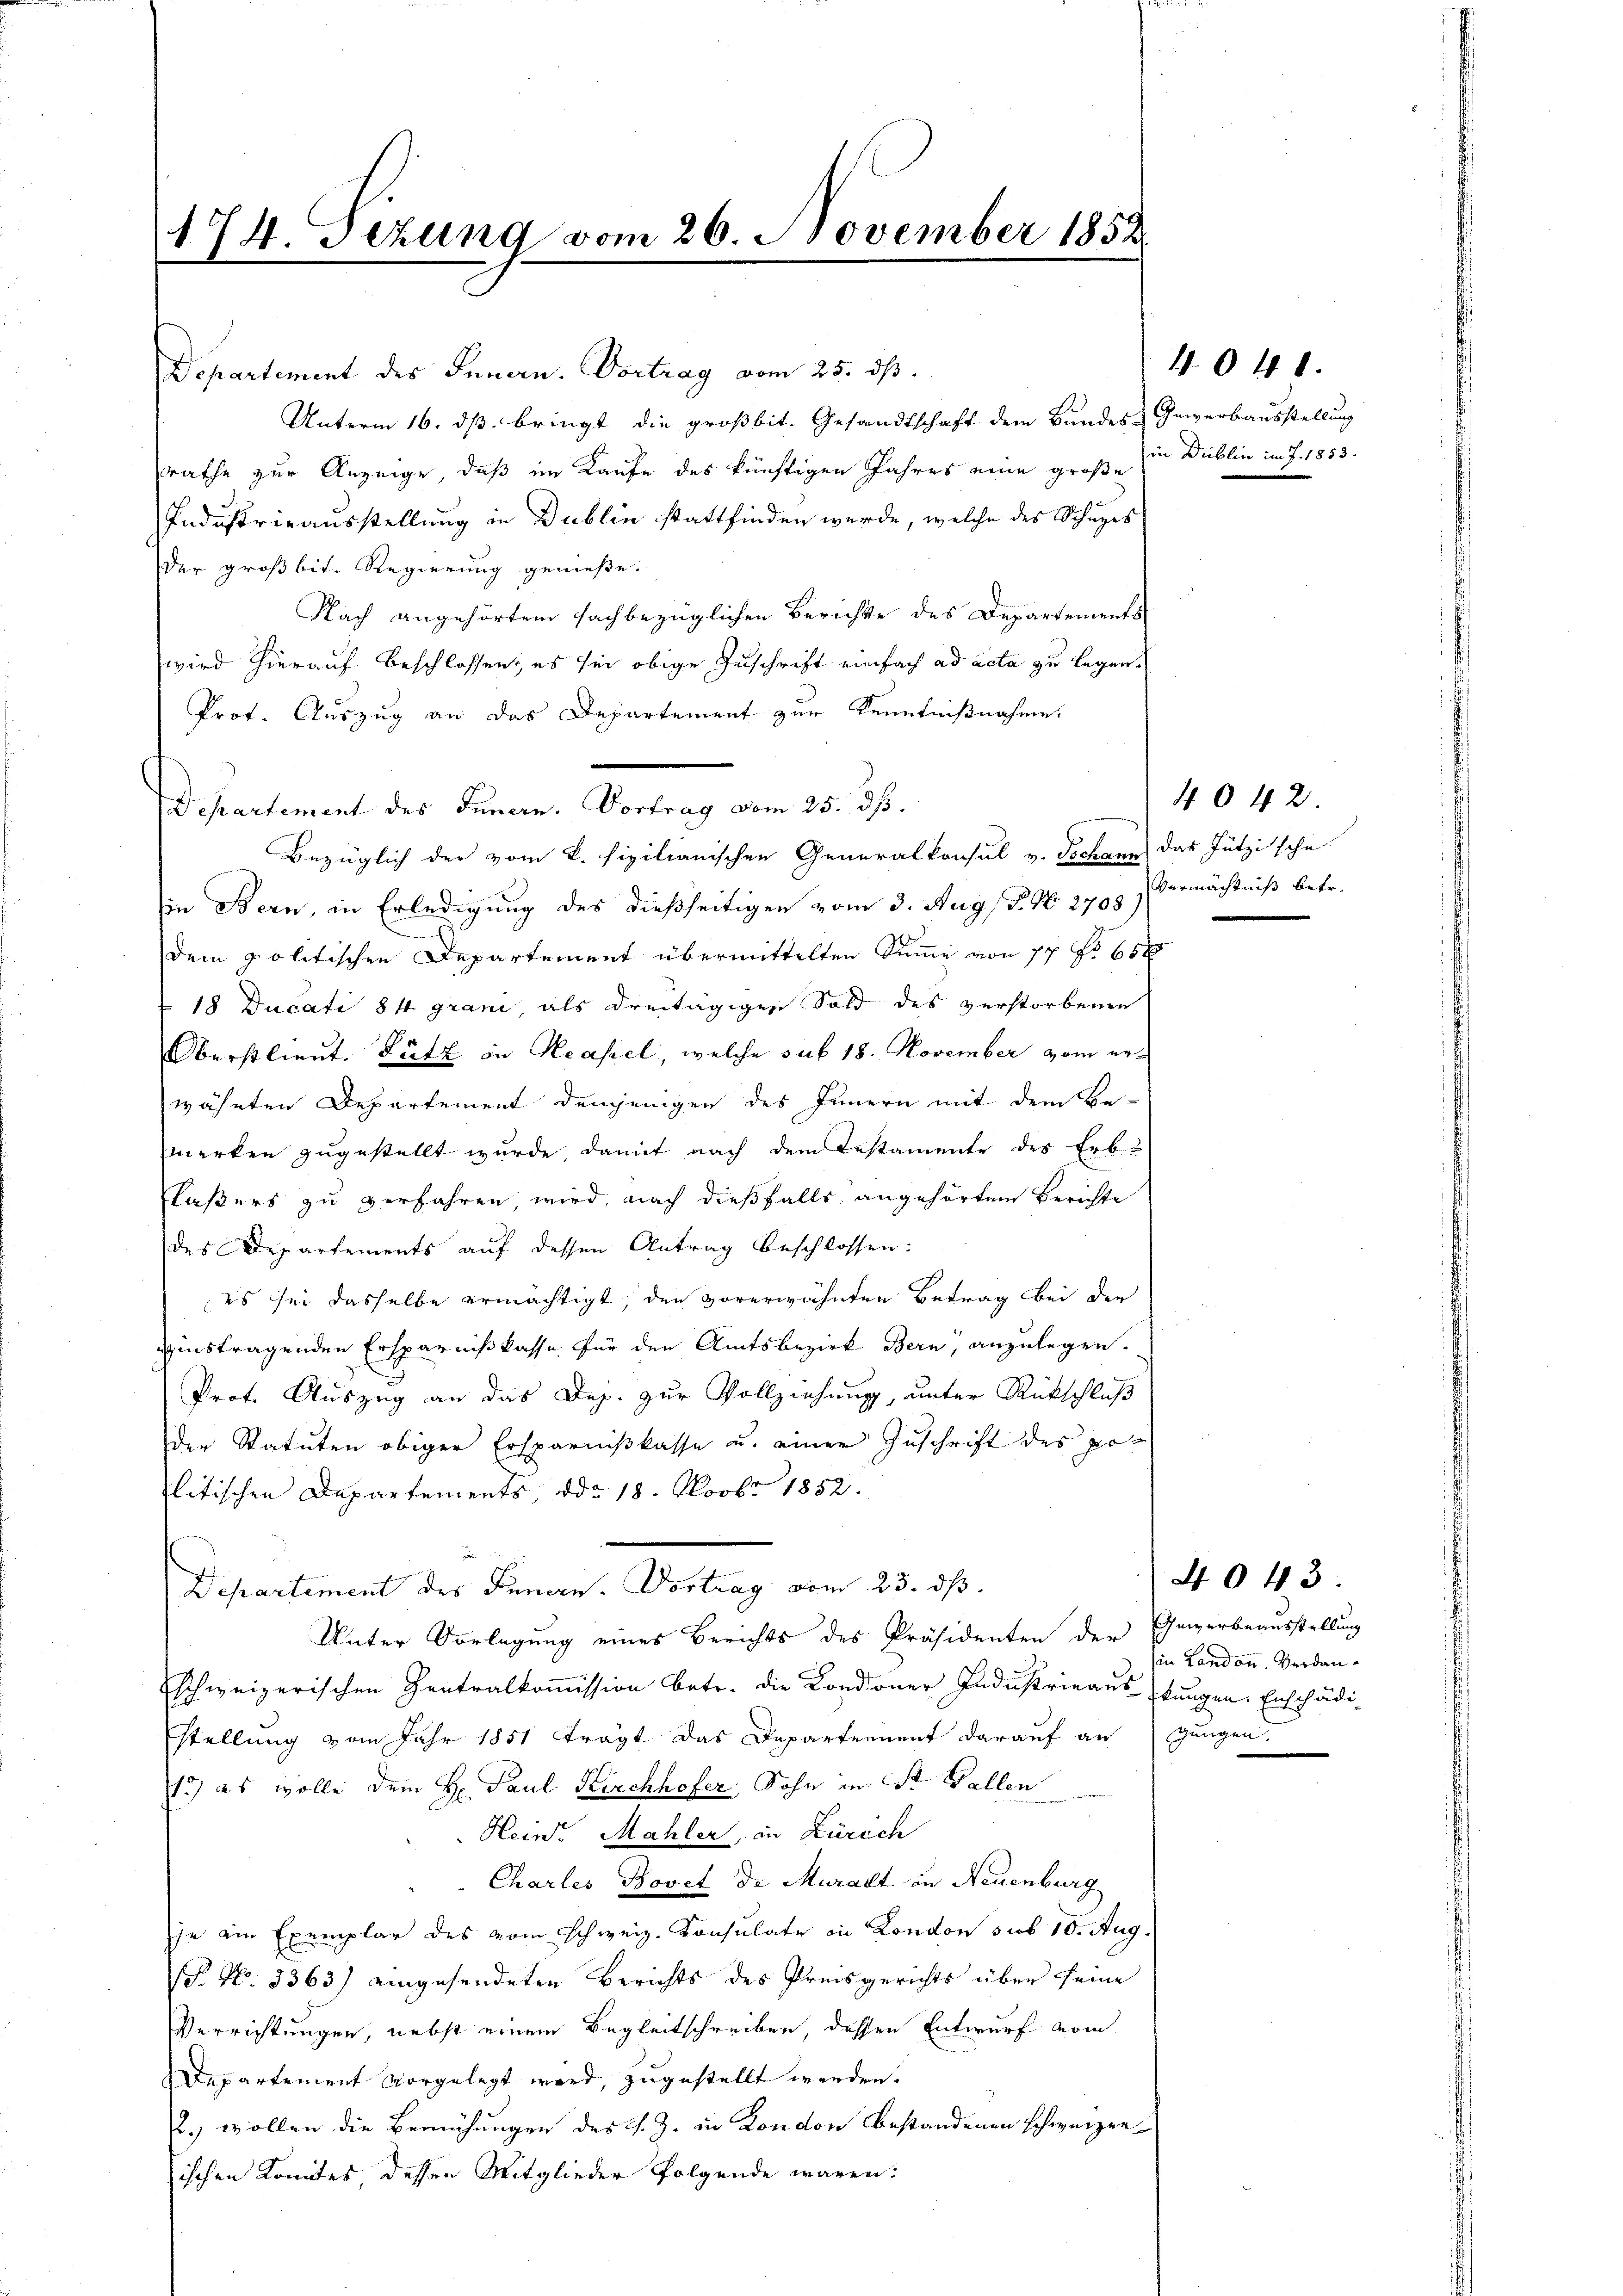
174. Sezung vom 26. November 1852.
.

Departement des Innern. Vortrag vom 25. dß.
Unterm 16. dß bringt die großbit. Gesandtschaft dem Bundes-Gewerbausstellung
rathe zur Anzeige, daß im Kaufe des künftigen Jahres eine große in Düblin im J. 1853.
Industrieausstellung in Dublin stattfinden werde, welche des Schuges
der großbit. Regierung genieße.
Nach angehörten sachbezüglichen Berichte des Departements
wird hierauf beschlossen, es sei obige Zuschrift einfach ad acta zu legen.
Prot. Auszug an das Departement zur Kenntnißnahme.
Departement des Innern. Vortrag vom 25. dß.
Bezüglich der vom k. fixilianischen Generalkonsul v. Jochann das Jützische
in Bern, in Erledigung des dießseitigen vom 3. Aug, P. N. 2705. Vermächtniß betr.
dem politischen Departement übermittelten Summe von 17 No 65 f
18 Ducati 84 grand als dreitägigen Sold des verstorbenen
Oberstlieut. Fütz in Neapel, welche sub 18. November vom erwähnten Departement demjenigen des Innern mit dem Be-
merken zugestellt wurde damit nach dem Testamente des Erb-
Claßers zu verfahren, wird, nach dießfalls angehörten Berichte
des Departements auf dessen Antrag beschlossen:
es sei dasselbe ermächtigt, den vorerwähnten Betrag bei der
instragenden Ersparnißkasse für den Amtsbezirk Bern, anzulegen.
Prot. Auszug an das Dep. zur Vollziehung, unter Rückschluß
der Statuten obiger Ersparnißkasse u. einer Zuschrift des politischen Departements ddo 18. Novbr 1852.
Departement des Innern. Vortrag vom 23. ds.
Unter Vorlegung eines Berichts des Präsidenten der Gewerbeausstellung
schweizerischen Zentralkommission betr. die Condoner Industrieaus stungen. Erschädistellung vom Jahr 1851 trägt das Departement darauf an (gungen.
1) es wolle dem H. Paul Kirchhofer, Sohn in St. Gallen
Heinr. Mahler, in Zürich
Charles Bovet de Muralt in Neuenburg
je am Exemplar des vom Schweiz. Konsulate in London sub 10. Aug.
P. No. 3363) eingesendeten Berichts des Preisgerichts über seine
Verrichtungen, nebst einem Begleitschreiben, dessen Entwurf vom
Departement vorgelegt wird, zugestellt werden.
2. wollen die Bemühungen des J. Z. in London bestandenen schweizer
sischen Komites, dessen Mitglieder folgende waren:

4041.

4042

in London, Verdan¬

4043.